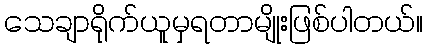
သေချာရိုက်ယူမှရတာမျိုးဖြစ်ပါတယ်။